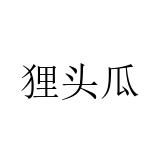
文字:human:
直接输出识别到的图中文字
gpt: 狸头瓜